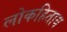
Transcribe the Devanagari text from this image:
लोकहिताय